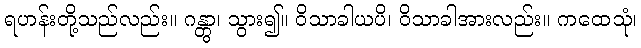
ရဟန်းတို့သည်လည်း။ ဂန္တွာ၊ သွား၍။ ဝိသာခါယပိ၊ ဝိသာခါအားလည်း။ ကထေသုံ၊